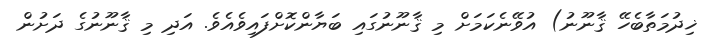
ޚިދުމަތާބެހޭ ޤާނޫނު) އުވޭނެކަމަށް މި ޤާނޫނުގައި ބަޔާންކޮށްފައިވެއެވެ. އަދި މި ޤާނޫނުގެ ދަށުން